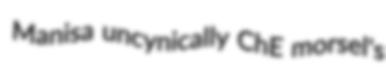
Manisa uncynically ChE morsel's